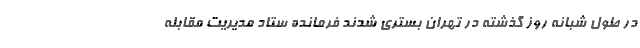
در طول شبانه روز گذشته در تهران بستری شدند فرمانده ستاد مدیریت مقابله